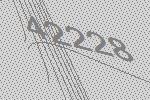
42228